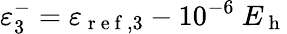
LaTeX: \varepsilon_{3}^{-}=\varepsilon_{\mathrm{~r~e~f~},3}-10^{-6}\ E_{\mathrm{~h~}}